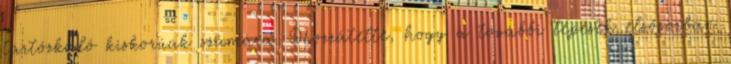
tartózkodó kiskorúak számára. Hozzátette, hogy a további lépések elsősorban